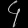
Digit: ၄